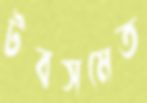
টবসমেত